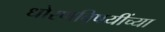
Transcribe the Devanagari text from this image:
धोरणविषयींच्या